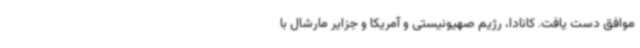
موافق دست یافت. کانادا، رژیم صهیونیستی و آمریکا و جزایر مارشال با